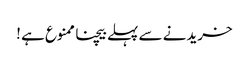
خریدنے سے پہلے بیچنا ممنوع ہے !